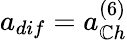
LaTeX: a_{dif}=a_{\mathbb{C}h}^{(6)}